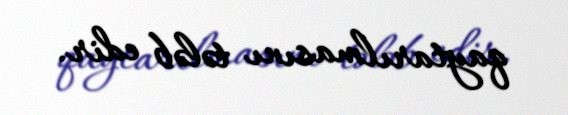
qaytarılmasını tələb edir.